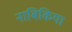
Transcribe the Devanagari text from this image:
नाबिकिया